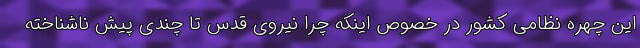
این چهره نظامی کشور در خصوص اینکه چرا نیروی قدس تا چندی پیش ناشناخته